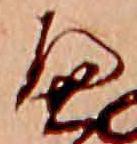
へ